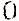
0